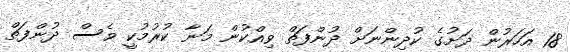
18 އަހަރުން ދަށުގެ ކުދިންނަށް ދުންފަތް ވިއްކުން މަނާ ކުރުމުކީ ވެސް ދުންފަތް